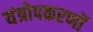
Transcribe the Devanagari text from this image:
यंत्रोपकरणों